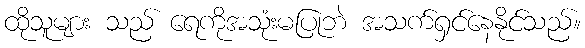
ထိုသူများ သည် ရေကိုအသုံးမပြုဘဲ အသက်ရှင်နေနိုင်သည်။